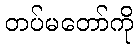
တပ်မတော်ကို